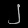
Digit: ၂